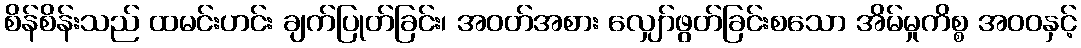
စိန်စိန်းသည် ထမင်းဟင်း ချက်ပြုတ်ခြင်း၊ အဝတ်အစား လျှော်ဖွတ်ခြင်းစသော အိမ်မှုကိစ္စ အဝဝနှင့်